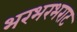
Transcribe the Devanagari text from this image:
भरभरभराट